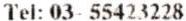
TEL: 03- 55423228